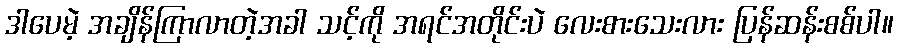
ဒါပေမဲ့ အချိန်ကြာလာတဲ့အခါ သင့်ကို အရင်အတိုင်းပဲ လေးစားသေးလား ပြန်ဆန်းစစ်ပါ။